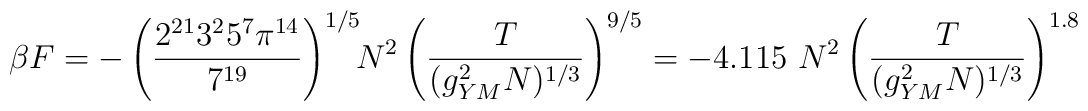
\beta F = - \left( { 2^{21} 3^2 5^7 \pi^{14} \over7^{19}}\right)^{1/5} \!\! N^2 \left({T \over (g_{YM}^2 N)^{1/3}}\right)^{9/5} = - 4.115 ~ N^2 \left({T \over (g_{YM}^2 N)^{1/3}} \right)^{1.8}